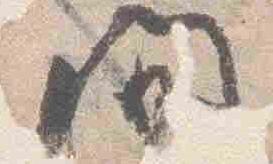
間